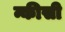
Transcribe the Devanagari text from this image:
न्कीसी